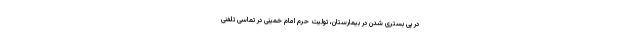
در پی بستری شدن در بیمارستان، تولیت حرم امام خمینی در تماسی تلفنی